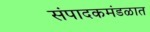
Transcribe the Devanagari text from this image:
संपादकमंडळात